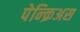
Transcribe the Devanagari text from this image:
पेन्क्रिअस